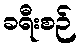
ခရီးစဉ်